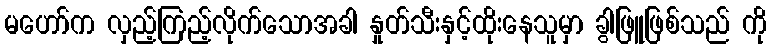
မဟော်က လှည့်ကြည့်လိုက်သောအခါ နှုတ်သီးနှင့်ထိုးနေသူမှာ ခွါဖြူဖြစ်သည် ကို